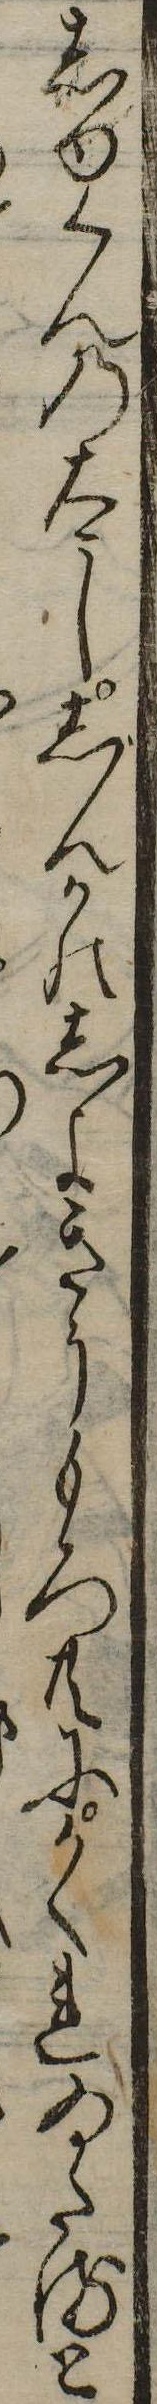
しゆくんの太ししんかのしよきうもろ共にかくれゐたると